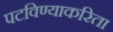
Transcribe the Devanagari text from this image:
पटविण्याकरिता